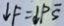
\downarrow F = \downarrow P \overline { S }